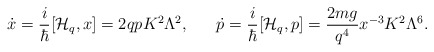
\begin{align*}\dot{x}={i\over\hbar}[{\cal H}_q,x]=2qpK^2\Lambda^2,\ \ \ \ \ \dot{p}={i\over\hbar}[{\cal H}_q,p]={{2mg}\over{q^4}}x^{-3}K^2\Lambda^6.\end{align*}